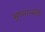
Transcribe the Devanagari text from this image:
भूष्नात्मक